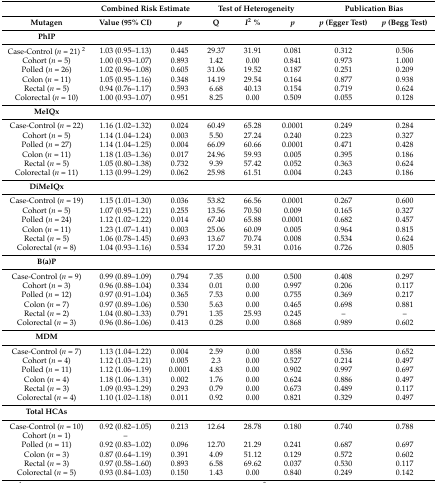
<table><thead><tr><td></td><td colspan="2"><b>Combined Risk Estimate</b></td><td colspan="3"><b>Test of Heterogeneity</b></td><td colspan="2"><b>Publication Bias</b></td></tr><tr><td><b>Mutagen</b></td><td><b>Value (95% CI)</b></td><td><b><i>p</i></b></td><td><b>Q</b></td><td><b><i>I</i><sup>2</sup> %</b></td><td><b><i>p</i></b></td><td><b><i>p</i> (Egger Test)</b></td><td><b><i>p</i> (Begg Test)</b></td></tr></thead><tbody><tr><td><b>PhIP</b></td><td></td><td></td><td></td><td></td><td></td><td></td><td></td></tr><tr><td>Case-Control (<i>n</i> = 21) <sup>2</sup></td><td>1.03 (0.95–1.13)</td><td>0.445</td><td>29.37</td><td>31.91</td><td>0.081</td><td>0.312</td><td>0.506</td></tr><tr><td>Cohort (<i>n</i> = 5)</td><td>1.00 (0.93–1.07)</td><td>0.893</td><td>1.42</td><td>0.00</td><td>0.841</td><td>0.973</td><td>1.000</td></tr><tr><td>Polled (<i>n</i> = 26)</td><td>1.02 (0.96–1.08)</td><td>0.605</td><td>31.06</td><td>19.52</td><td>0.187</td><td>0.251</td><td>0.209</td></tr><tr><td>Colon (<i>n</i> = 11)</td><td>1.05 (0.95–1.16)</td><td>0.348</td><td>14.19</td><td>29.54</td><td>0.164</td><td>0.877</td><td>0.938</td></tr><tr><td>Rectal (<i>n</i> = 5)</td><td>0.94 (0.76–1.17)</td><td>0.593</td><td>6.68</td><td>40.13</td><td>0.154</td><td>0.719</td><td>0.624</td></tr><tr><td>Colorectal (<i>n</i> = 10)</td><td>1.00 (0.93–1.07)</td><td>0.951</td><td>8.25</td><td>0.00</td><td>0.509</td><td>0.055</td><td>0.128</td></tr><tr><td><b>MeIQx</b></td><td></td><td></td><td></td><td></td><td></td><td></td><td></td></tr><tr><td>Case-Control (<i>n</i> = 22)</td><td>1.16 (1.02–1.32)</td><td>0.024</td><td>60.49</td><td>65.28</td><td>0.0001</td><td>0.249</td><td>0.284</td></tr><tr><td>Cohort (<i>n</i> = 5)</td><td>1.14 (1.04–1.24)</td><td>0.003</td><td>5.50</td><td>27.24</td><td>0.240</td><td>0.223</td><td>0.327</td></tr><tr><td>Polled (<i>n</i> = 27)</td><td>1.14 (1.04–1.25)</td><td>0.004</td><td>66.09</td><td>60.66</td><td>0.0001</td><td>0.471</td><td>0.428</td></tr><tr><td>Colon (<i>n</i> = 11)</td><td>1.18 (1.03–1.36)</td><td>0.017</td><td>24.96</td><td>59.93</td><td>0.005</td><td>0.395</td><td>0.186</td></tr><tr><td>Rectal (<i>n</i> = 5)</td><td>1.05 (0.80–1.38)</td><td>0.732</td><td>9.39</td><td>57.42</td><td>0.052</td><td>0.363</td><td>0.624</td></tr><tr><td>Colorectal (<i>n</i> = 11)</td><td>1.13 (0.99–1.29)</td><td>0.062</td><td>25.98</td><td>61.51</td><td>0.004</td><td>0.243</td><td>0.186</td></tr><tr><td><b>DiMeIQx</b></td><td></td><td></td><td></td><td></td><td></td><td></td><td></td></tr><tr><td>Case-Control (<i>n</i> = 19)</td><td>1.15 (1.01–1.30)</td><td>0.036</td><td>53.82</td><td>66.56</td><td>0.0001</td><td>0.267</td><td>0.600</td></tr><tr><td>Cohort (<i>n</i> = 5)</td><td>1.07 (0.95–1.21)</td><td>0.255</td><td>13.56</td><td>70.50</td><td>0.009</td><td>0.165</td><td>0.327</td></tr><tr><td>Polled (<i>n</i> = 24)</td><td>1.12 (1.02–1.22)</td><td>0.014</td><td>67.40</td><td>65.88</td><td>0.0001</td><td>0.682</td><td>0.457</td></tr><tr><td>Colon (<i>n</i> = 11)</td><td>1.23 (1.07–1.41)</td><td>0.003</td><td>25.06</td><td>60.09</td><td>0.005</td><td>0.964</td><td>0.815</td></tr><tr><td>Rectal (<i>n</i> = 5)</td><td>1.06 (0.78–1.45)</td><td>0.693</td><td>13.67</td><td>70.74</td><td>0.008</td><td>0.534</td><td>0.624</td></tr><tr><td>Colorectal (<i>n</i> = 8)</td><td>1.04 (0.93–1.16)</td><td>0.534</td><td>17.20</td><td>59.31</td><td>0.016</td><td>0.726</td><td>0.805</td></tr><tr><td><b>B(a)P</b></td><td></td><td></td><td></td><td></td><td></td><td></td><td></td></tr><tr><td>Case-Control (<i>n</i> = 9)</td><td>0.99 (0.89–1.09)</td><td>0.794</td><td>7.35</td><td>0.00</td><td>0.500</td><td>0.408</td><td>0.297</td></tr><tr><td>Cohort (<i>n</i> = 3)</td><td>0.96 (0.88–1.04)</td><td>0.334</td><td>0.01</td><td>0.00</td><td>0.997</td><td>0.206</td><td>0.117</td></tr><tr><td>Polled (<i>n</i> = 12)</td><td>0.97 (0.91–1.04)</td><td>0.365</td><td>7.53</td><td>0.00</td><td>0.755</td><td>0.369</td><td>0.217</td></tr><tr><td>Colon (<i>n</i> = 7)</td><td>0.97 (0.89–1.06)</td><td>0.530</td><td>5.63</td><td>0.00</td><td>0.465</td><td>0.698</td><td>0.881</td></tr><tr><td>Rectal (<i>n</i> = 2)</td><td>1.04 (0.80–1.33)</td><td>0.791</td><td>1.35</td><td>25.93</td><td>0.245</td><td>–</td><td>–</td></tr><tr><td>Colorectal (<i>n</i> = 3)</td><td>0.96 (0.86–1.06)</td><td>0.413</td><td>0.28</td><td>0.00</td><td>0.868</td><td>0.989</td><td>0.602</td></tr><tr><td><b>MDM</b></td><td></td><td></td><td></td><td></td><td></td><td></td><td></td></tr><tr><td>Case-Control (<i>n</i> = 7)</td><td>1.13 (1.04–1.22)</td><td>0.004</td><td>2.59</td><td>0.00</td><td>0.858</td><td>0.536</td><td>0.652</td></tr><tr><td>Cohort (<i>n</i> = 4)</td><td>1.12 (1.03–1.21)</td><td>0.005</td><td>2.3</td><td>0.00</td><td>0.527</td><td>0.214</td><td>0.497</td></tr><tr><td>Polled (<i>n</i> = 11)</td><td>1.12 (1.06–1.19)</td><td>0.0001</td><td>4.83</td><td>0.00</td><td>0.902</td><td>0.997</td><td>0.697</td></tr><tr><td>Colon (<i>n</i> = 4)</td><td>1.18 (1.06–1.31)</td><td>0.002</td><td>1.76</td><td>0.00</td><td>0.624</td><td>0.886</td><td>0.497</td></tr><tr><td>Rectal (<i>n</i> = 3)</td><td>1.09 (0.93–1.29)</td><td>0.293</td><td>0.79</td><td>0.00</td><td>0.673</td><td>0.489</td><td>0.117</td></tr><tr><td>Colorectal (<i>n</i> = 4)</td><td>1.10 (1.02–1.18)</td><td>0.011</td><td>0.92</td><td>0.00</td><td>0.821</td><td>0.329</td><td>0.497</td></tr><tr><td><b>Total HCAs</b></td><td></td><td></td><td></td><td></td><td></td><td></td><td></td></tr><tr><td>Case-Control (<i>n</i> = 10)</td><td>0.92 (0.82–1.05)</td><td>0.213</td><td>12.64</td><td>28.78</td><td>0.180</td><td>0.740</td><td>0.788</td></tr><tr><td>Cohort (<i>n</i> = 1)</td><td>–</td><td></td><td></td><td></td><td></td><td></td><td></td></tr><tr><td>Polled (<i>n</i> = 11)</td><td>0.92 (0.83–1.02)</td><td>0.096</td><td>12.70</td><td>21.29</td><td>0.241</td><td>0.687</td><td>0.697</td></tr><tr><td>Colon (<i>n</i> = 3)</td><td>0.87 (0.64–1.19)</td><td>0.391</td><td>4.09</td><td>51.12</td><td>0.129</td><td>0.572</td><td>0.602</td></tr><tr><td>Rectal (<i>n</i> = 3)</td><td>0.97 (0.58–1.60)</td><td>0.893</td><td>6.58</td><td>69.62</td><td>0.037</td><td>0.530</td><td>0.117</td></tr><tr><td>Colorectal (<i>n</i> = 5)</td><td>0.93 (0.84–1.03)</td><td>0.150</td><td>1.43</td><td>0.00</td><td>0.840</td><td>0.249</td><td>0.142</td></tr></tbody></table>